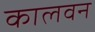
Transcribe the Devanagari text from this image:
कालवन